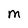
Character: M